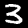
Label: 3